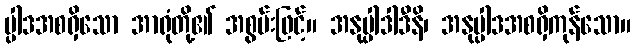
ပ္ပါဒအစရှိသော အာရုံတို့၏ အစွမ်းဖြင့်။ အနုပ္ပါဒါဒီနိ၊ အနုပ္ပါဒအစရှိကုန်သော။